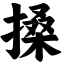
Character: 搡